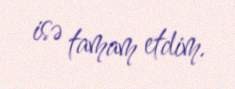
isə tamam etdim.